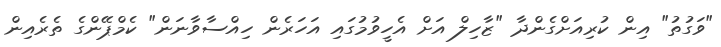
"ވަގުތު" އިން ކުރިއަށްގެންދާ "ޒާހިލް އަށް އެހީވުމުގައި އަހަރެން ހިއްސާވާނަން" ކެމްޕޭންގެ ތެރެއިން